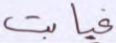
غيابت